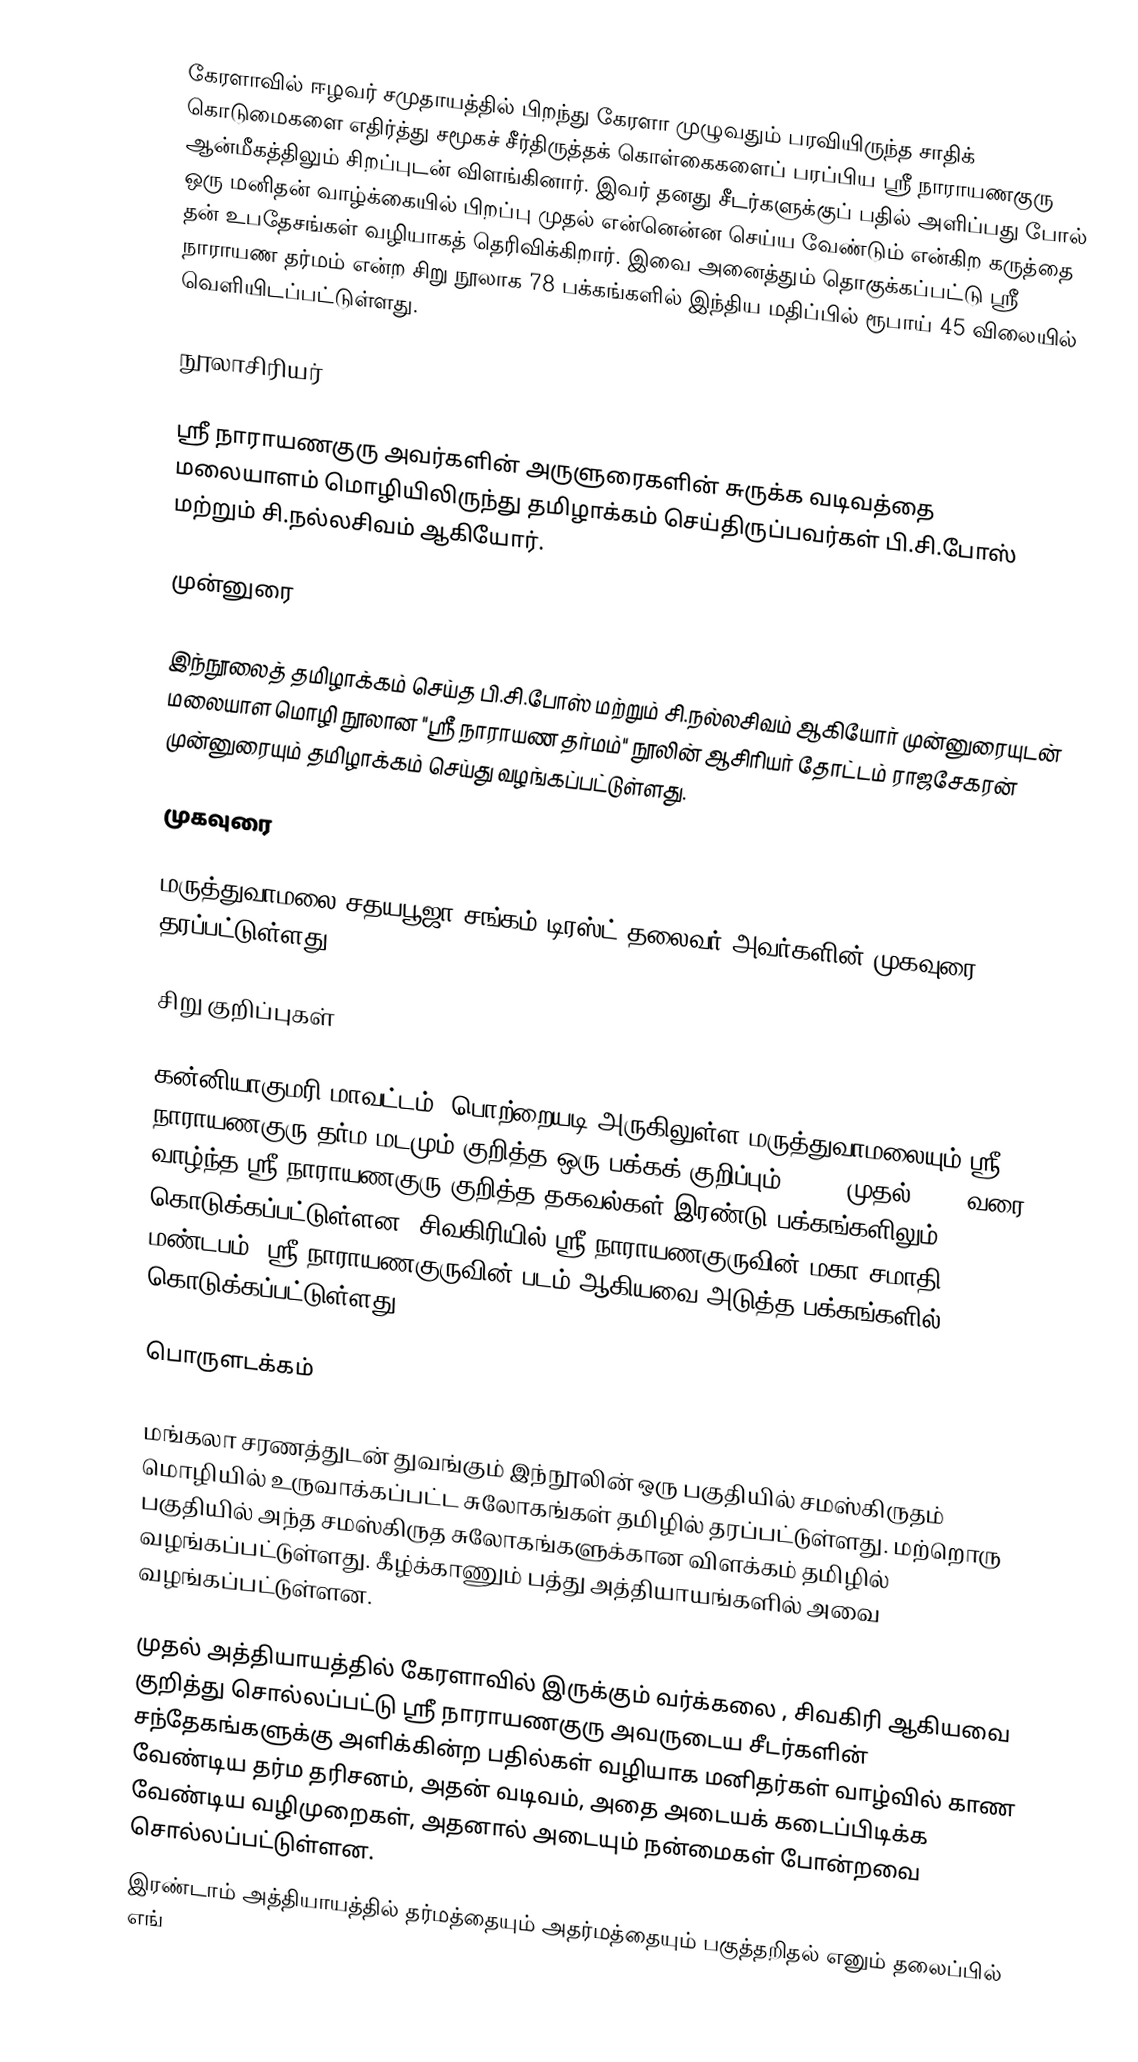
கேரளாவில் ஈழவர் சமுதாயத்தில் பிறந்து கேரளா முழுவதும் பரவியிருந்த சாதிக் கொடுமைகளை எதிர்த்து சமூகச் சீர்திருத்தக் கொள்கைகளைப் பரப்பிய ஸ்ரீ நாராயணகுரு ஆன்மீகத்திலும் சிறப்புடன் விளங்கினார். இவர் தனது சீடர்களுக்குப் பதில் அளிப்பது போல் ஒரு மனிதன் வாழ்க்கையில் பிறப்பு முதல் என்னென்ன செய்ய வேண்டும் என்கிற கருத்தை தன் உபதேசங்கள் வழியாகத் தெரிவிக்கிறார். இவை அனைத்தும் தொகுக்கப்பட்டு ஸ்ரீ நாராயண தர்மம் என்ற சிறு நூலாக 78 பக்கங்களில் இந்திய மதிப்பில் ரூபாய்  45 விலையில் வெளியிடப்பட்டுள்ளது.

நூலாசிரியர்

ஸ்ரீ நாராயணகுரு அவர்களின் அருளுரைகளின் சுருக்க வடிவத்தை மலையாளம் மொழியிலிருந்து தமிழாக்கம் செய்திருப்பவர்கள் பி.சி.போஸ் மற்றும் சி.நல்லசிவம் ஆகியோர்.

முன்னுரை

இந்நூலைத் தமிழாக்கம் செய்த பி.சி.போஸ் மற்றும் சி.நல்லசிவம் ஆகியோர் முன்னுரையுடன் மலையாள மொழி நூலான "ஸ்ரீ நாராயண தர்மம்" நூலின் ஆசிரியர் தோட்டம் ராஜசேகரன் முன்னுரையும் தமிழாக்கம் செய்து வழங்கப்பட்டுள்ளது.

முகவுரை

மருத்துவாமலை சதயபூஜா சங்கம் டிரஸ்ட் தலைவர் அவர்களின் முகவுரை தரப்பட்டுள்ளது.

சிறு குறிப்புகள்

கன்னியாகுமரி மாவட்டம், பொற்றையடி அருகிலுள்ள மருத்துவாமலையும் ஸ்ரீ நாராயணகுரு தர்ம மடமும் குறித்த ஒரு பக்கக் குறிப்பும், 1855 முதல் 1928 வரை வாழ்ந்த ஸ்ரீ நாராயணகுரு குறித்த தகவல்கள் இரண்டு பக்கங்களிலும் கொடுக்கப்பட்டுள்ளன. சிவகிரியில் ஸ்ரீ நாராயணகுருவின் மகா சமாதி மண்டபம், ஸ்ரீ நாராயணகுருவின் படம் ஆகியவை அடுத்த பக்கங்களில் கொடுக்கப்பட்டுள்ளது.

பொருளடக்கம்

மங்கலா சரணத்துடன் துவங்கும் இந்நூலின் ஒரு பகுதியில் சமஸ்கிருதம் மொழியில் உருவாக்கப்பட்ட சுலோகங்கள் தமிழில் தரப்பட்டுள்ளது. மற்றொரு பகுதியில் அந்த சமஸ்கிருத சுலோகங்களுக்கான விளக்கம் தமிழில் வழங்கப்பட்டுள்ளது. கீழ்க்காணும் பத்து அத்தியாயங்களில் அவை வழங்கப்பட்டுள்ளன.

 முதல் அத்தியாயத்தில் கேரளாவில் இருக்கும் வர்க்கலை , சிவகிரி ஆகியவை குறித்து சொல்லப்பட்டு ஸ்ரீ நாராயணகுரு அவருடைய சீடர்களின் சந்தேகங்களுக்கு அளிக்கின்ற பதில்கள் வழியாக மனிதர்கள் வாழ்வில் காண வேண்டிய தர்ம தரிசனம், அதன் வடிவம், அதை அடையக் கடைப்பிடிக்க வேண்டிய வழிமுறைகள், அதனால் அடையும் நன்மைகள் போன்றவை சொல்லப்பட்டுள்ளன.
 இரண்டாம் அத்தியாயத்தில் தர்மத்தையும் அதர்மத்தையும் பகுத்தறிதல் எனும் தலைப்பில் எங்